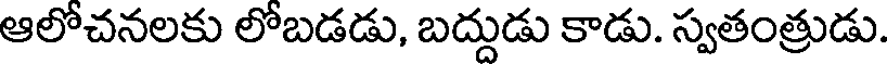
ఆలోచనలకు లోబడడు, బద్దుడు కాడు. స్వతంత్రుడు.